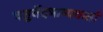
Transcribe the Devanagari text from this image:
चतुर्वेदभाष्यकर्ता